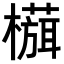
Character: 𬄻